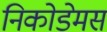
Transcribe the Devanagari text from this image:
निकोडेमस